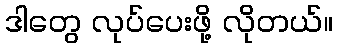
ဒါတွေ လုပ်ပေးဖို့ လိုတယ်။